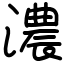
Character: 濃